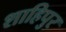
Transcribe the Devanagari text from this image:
शाहिपुर